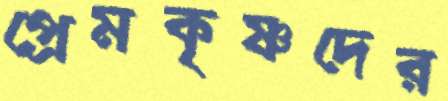
প্রেমকৃষ্ণদের